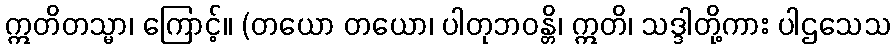
ဣတိတသ္မာ၊ ကြောင့်။ (တယော တယော၊ ပါတုဘဝန္တိ၊ ဣတိ၊ သဒ္ဒါတို့ကား ပါဌသေသ